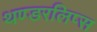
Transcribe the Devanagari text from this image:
थण्डरलिप्स